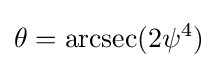
\theta =\operatorname {arcsec} (2\psi ^{4})